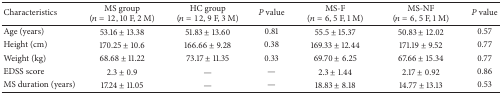
<table><thead><tr><td><b>Characteristics</b></td><td><b>MS group(<i>n</i> = 12, 10 F, 2 M)</b></td><td><b>HC group(<i>n</i> = 12, 9 F, 3 M)</b></td><td><b><i>P</i> value</b></td><td><b>MS-F(<i>n</i> = 6, 5 F, 1 M)</b></td><td><b>MS-NF(<i>n</i> = 6, 5 F, 1 M)</b></td><td><b><i>P</i> value</b></td></tr></thead><tbody><tr><td>Age (years)</td><td>53.16 ± 13.38</td><td>51.83 ± 13.60</td><td>0.81</td><td>55.5 ± 15.37</td><td>50.83 ± 12.02</td><td>0.57</td></tr><tr><td>Height (cm)</td><td>170.25 ± 10.6</td><td>166.66 ± 9.28</td><td>0.38</td><td>169.33 ± 12.44</td><td>171.19 ± 9.52</td><td>0.77</td></tr><tr><td>Weight (kg)</td><td>68.68 ± 11.22</td><td>73.17 ± 11.35</td><td>0.33</td><td>69.70 ± 6.25</td><td>67.66 ± 15.34</td><td>0.77</td></tr><tr><td>EDSS score</td><td>2.3 ± 0.9</td><td>—</td><td>—</td><td>2.3 ± 1.44</td><td>2.17 ± 0.92</td><td>0.86</td></tr><tr><td>MS duration (years)</td><td>17.24 ± 11.05</td><td>—</td><td>—</td><td>18.83 ± 8.18</td><td>14.77 ± 13.13</td><td>0.53</td></tr></tbody></table>